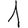
Digit: 1